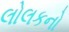
લોલકનો